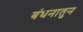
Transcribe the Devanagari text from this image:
बंधनातुन